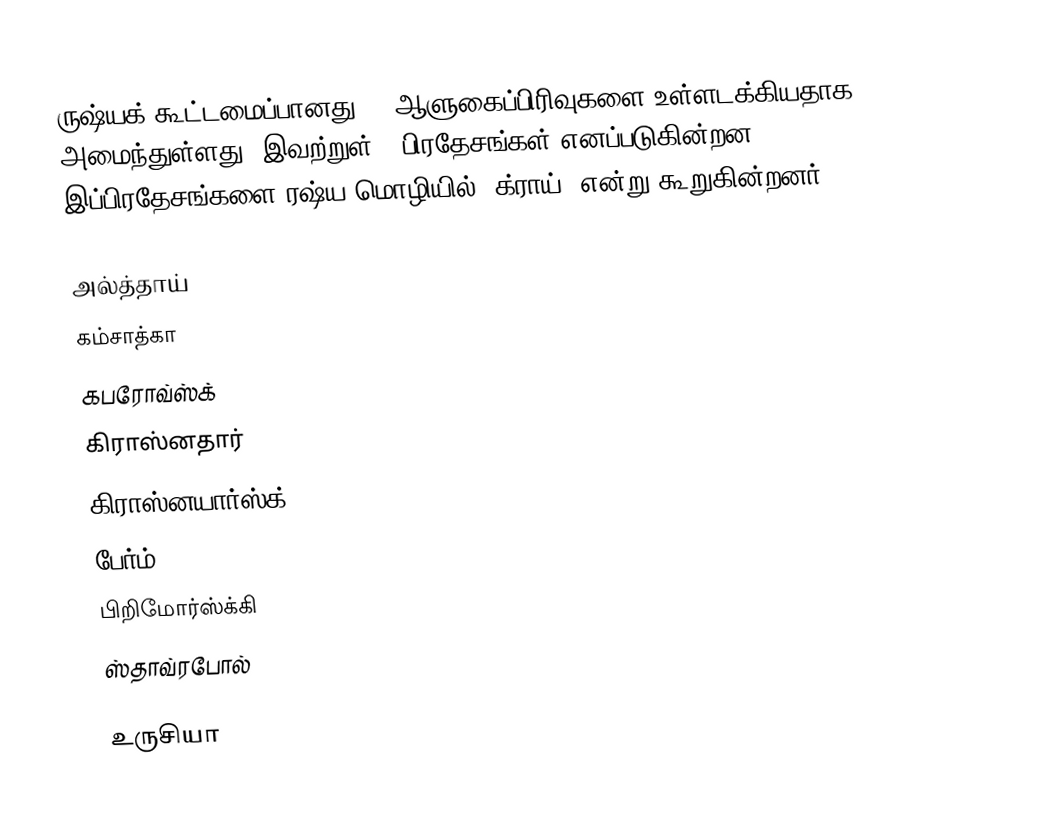
ருஷ்யக் கூட்டமைப்பானது 85 ஆளுகைப்பிரிவுகளை உள்ளடக்கியதாக அமைந்துள்ளது. இவற்றுள் 8 பிரதேசங்கள் எனப்படுகின்றன. இப்பிரதேசங்களை ரஷ்ய மொழியில் 'க்ராய்' என்று கூறுகின்றனர்.

 அல்த்தாய்
 கம்சாத்கா
 கபரோவ்ஸ்க்
 கிராஸ்னதார்
 கிராஸ்னயார்ஸ்க்
 பேர்ம்
 பிறிமோர்ஸ்க்கி
 ஸ்தாவ்ரபோல்

உருசியா